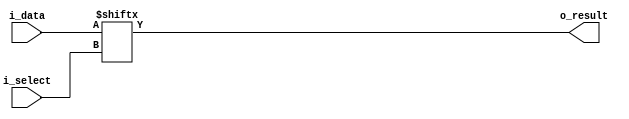
`ifndef MUX_V
`define MUX_V

// Multiplexer
module mux(
    i_data,
    i_select,
    o_result);

    parameter width = 32;
    parameter channels = 5;

    input [width - 1:0] i_data;
    input [channels - 1:0] i_select;
    output o_result;

    assign o_result = i_data[i_select];
endmodule
`endif